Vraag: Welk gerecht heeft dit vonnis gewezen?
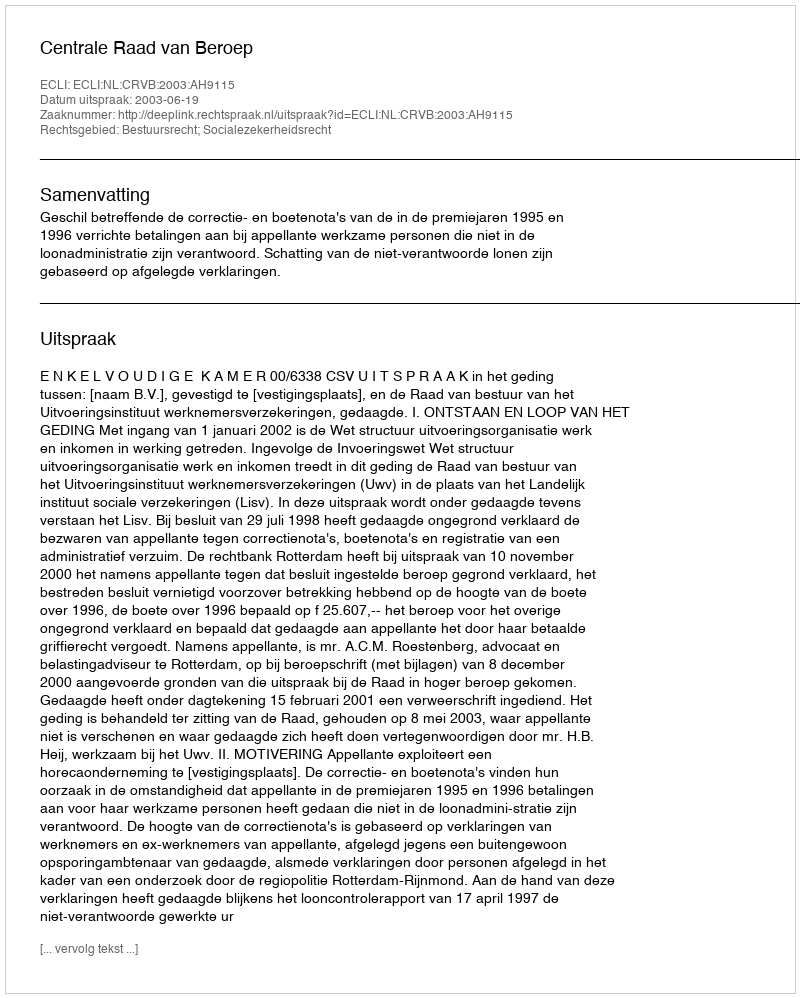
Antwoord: Centrale Raad van Beroep